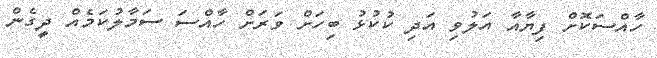
ހާއްސަކޮށް ފިޔާއާ އަލުވި އަދި ކުކުޅު ބިހަށް ވަރަށް ހާއްސަ ސަމާލުކަމެއް ދީގެން